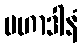
မဟာဒါနံ